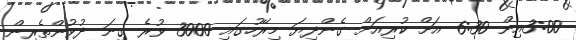
3:00އިން 6:30 އަށް ކުރިއަށް ގެންދިޔަ މިރޭހުގައި 3000 ވުރެ ގިނަ ދުވުންތެރިން